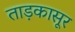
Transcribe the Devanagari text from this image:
ताड़कासूर